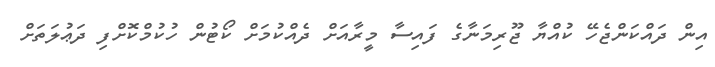
އިން ދައްކަންޖެހޭ ކުއްޔާ ޖޫރިމަނާގެ ފައިސާ މީރާއަށް ދެއްކުމަށް ކޯޓުން ހުކުމްކޮށްފި ދަޢުލަތަށް